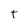
Character: T